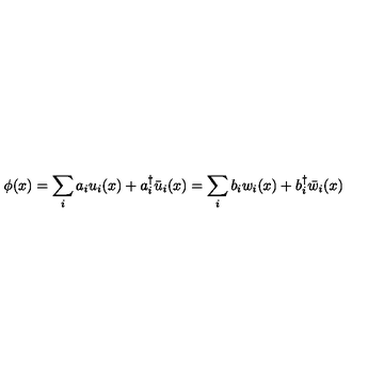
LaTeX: \phi ( x ) = \sum _ { i } a _ { i } u _ { i } ( x ) + a _ { i } ^ { \dagger } \bar { u } _ { i } ( x ) = \sum _ { i } b _ { i } w _ { i } ( x ) + b _ { i } ^ { \dagger } \bar { w } _ { i } ( x )